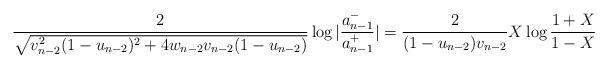
LaTeX: \begin{align*}{2\over \sqrt{v_{n-2}^2(1-u_{n-2})^2+4w_{n-2}v_{n-2}(1-u_{n-2})}}\log|{a_{n-1}^{-}\over a_{n-1}^{+}}|={2\over (1-u_{n-2})v_{n-2}}X\log{1+X\over 1-X}\end{align*}